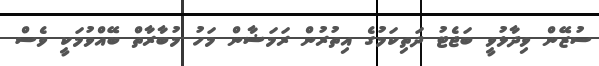
ސުޒޭން ވިދާޅުވީ ބަޖެޓު ދަތިކަމުގެ އިތުރުން ރަމަޟާން މަހު މުބާރާތް ބޭއްވުމަކީ ވެސް